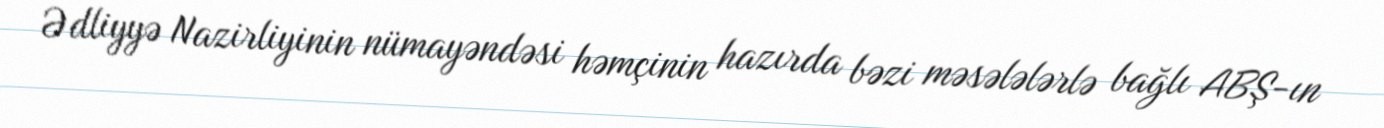
Ədliyyə Nazirliyinin nümayəndəsi həmçinin hazırda bəzi məsələlərlə bağlı ABŞ-ın